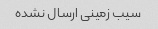
سیب زمینی ارسال نشده